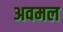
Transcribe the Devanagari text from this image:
अवमल